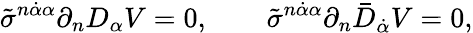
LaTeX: \tilde{\sigma}^{n\dot{\alpha}\alpha}\partial_{n}D_{\alpha}V=0,\qquad\tilde{\sigma}^{n\dot{\alpha}\alpha}\partial_{n}\bar{D}_{\dot{\alpha}}V=0,